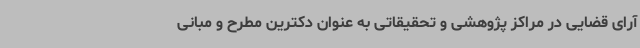
آرای قضایی در مراکز پژوهشی و تحقیقاتی به عنوان دکترین مطرح و مبانی